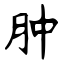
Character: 肿